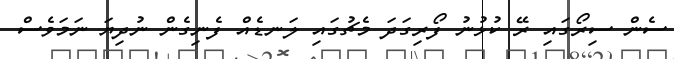
ސެން ސިރޯގައި ރޭ ކުޅުނު ފޯރިގަދަ މެޗުގައި ލަނޑެއް ފެނިގެން ނުދިޔަ ނަމަވެސް